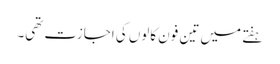
ہفتے میں تین فون کالوں کی اجازت تھی۔